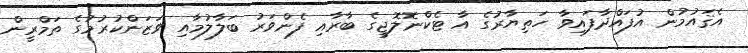
އެޤައުމުން އުފައްދާފައިވާ ހަތިޔާރުގެ އާ ޓެކްނޮލޮޖީގެެ ބާރާއި ފެންވަރު ބަލާލުމާއި ވަޒަންކުރުމުގެ ތަމްރީން